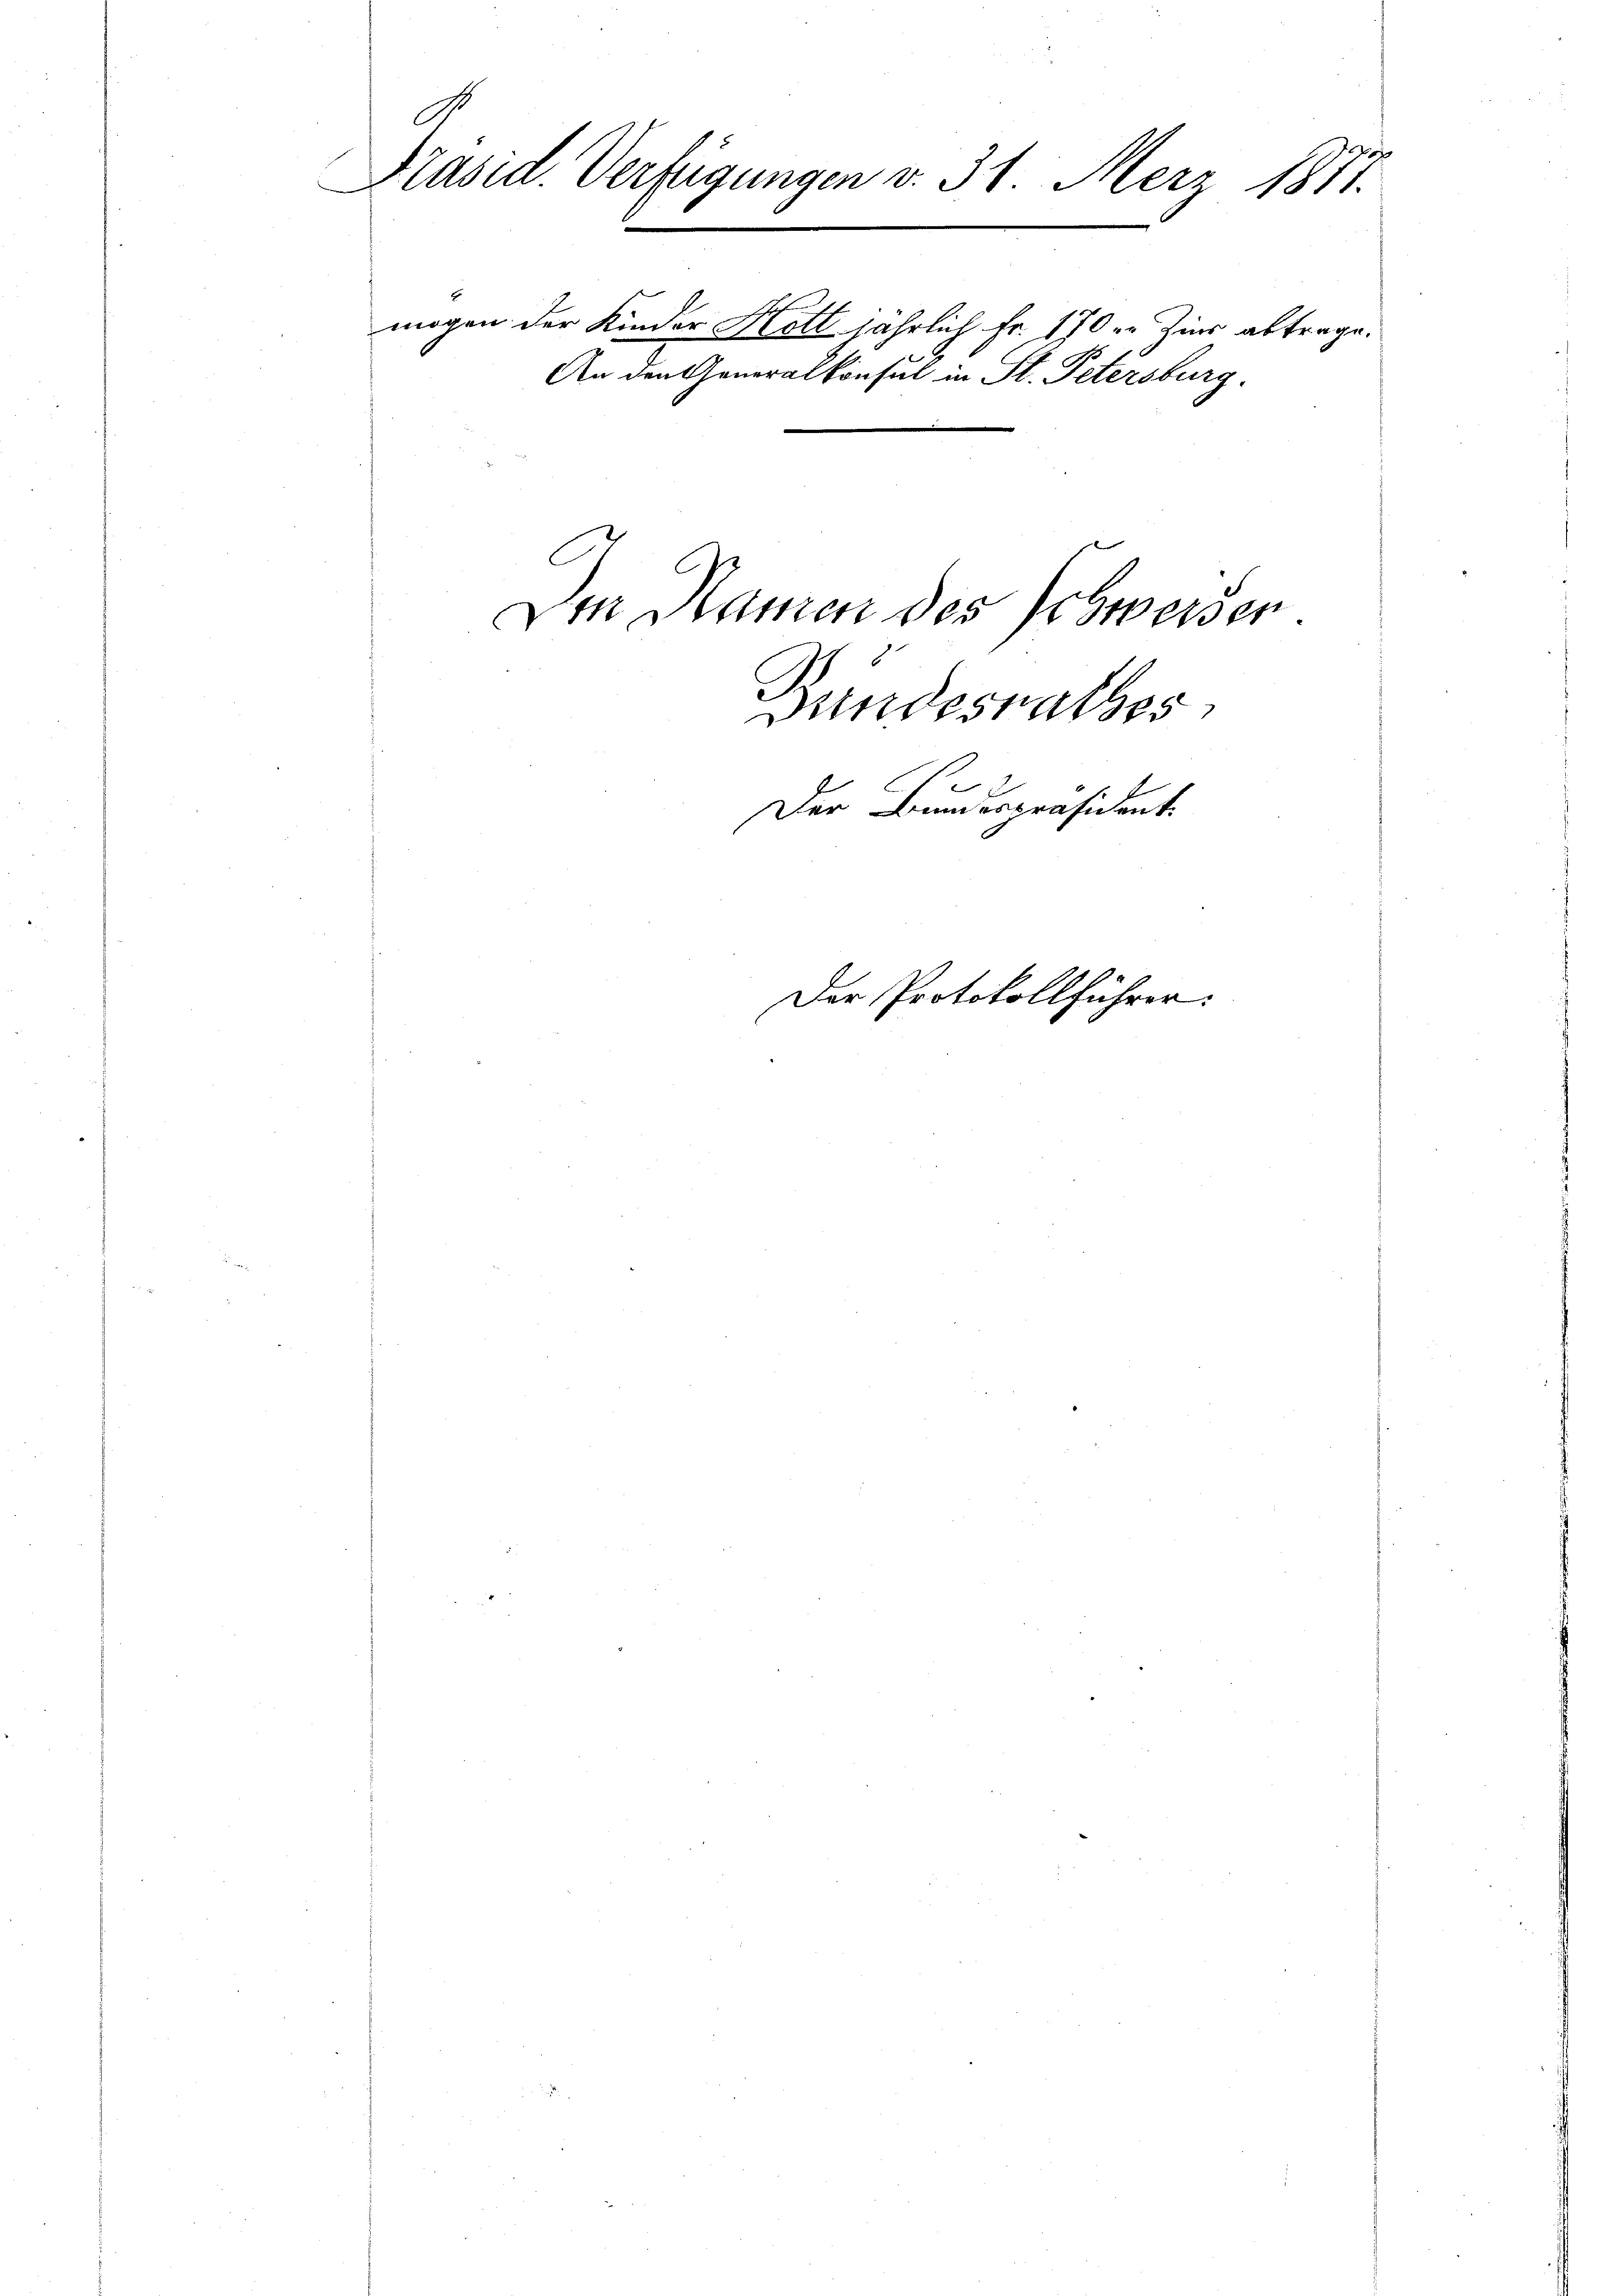
9
Präsid. Verfügungen v. 31. Merz 1877.
e
mögen der Kinder Noth jährlich Fr. 170 er Zins abtrage.
An den Generalkonsul in St. Petersburg.

Den Namen des Schwerden
Bundesrathes
Der Bundespräsident.

Der Protokollführer.